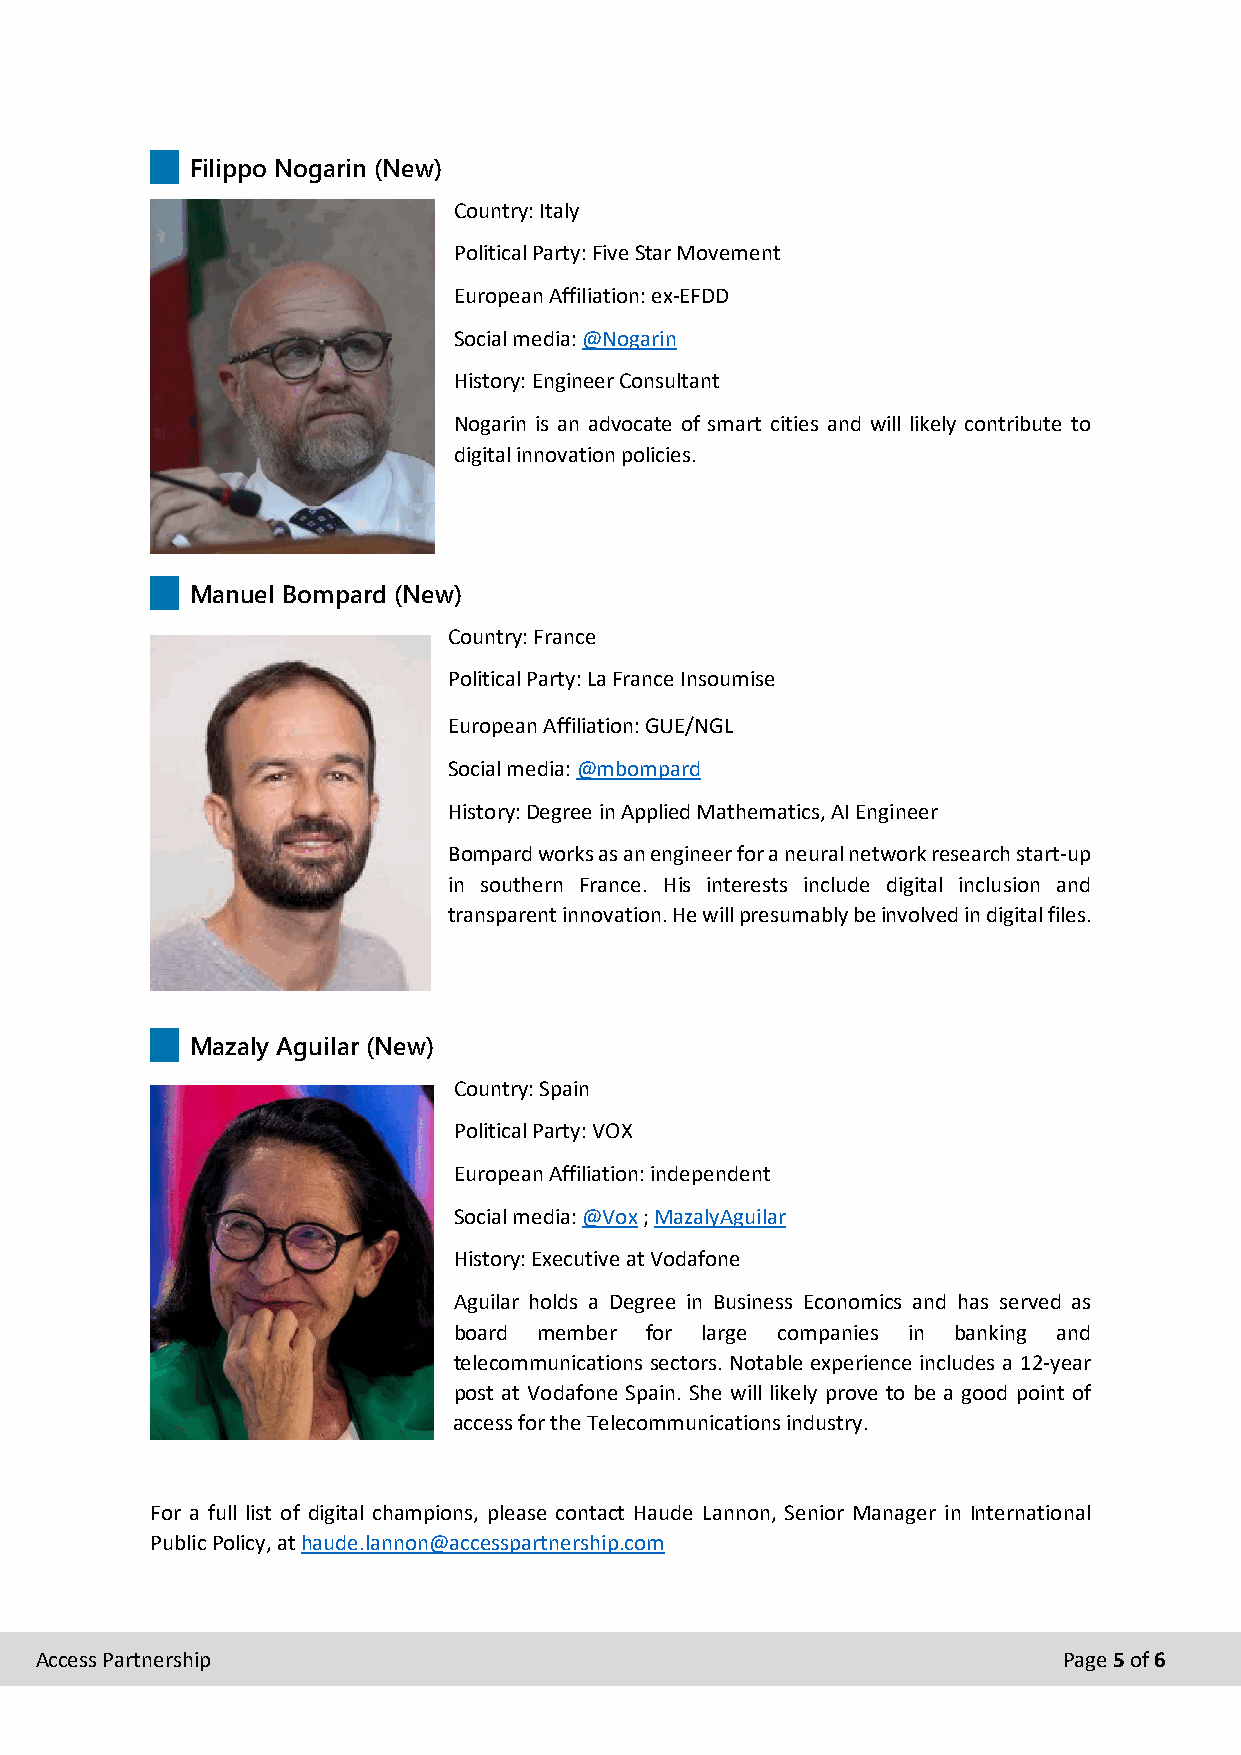
Filippo Nogarin (New)
 Country: Italy
 Political Party: Five Star Movement
 European Affiliation: ex-EFDD
 Social media: @Nogarin
 History: Engineer Consultant
 Nogarin is an advocate of smart cities and will likely contribute to
 digital innovation policies.
 Manuel Bompard (New)
 Country: France
 Political Party: La France Insoumise
 European Affiliation: GUE/NGL
 Social media: @mbompard
 History: Degree in Applied Mathematics, AI Engineer
 Bompard works as an engineer for a neural network research start-up
 in southern France. His interests include digital inclusion and
 transparent innovation. He will presumably be involved in digital files.
 Mazaly Aguilar (New)
 Country: Spain
 Political Party: VOX
 European Affiliation: independent
 Social media: @Vox ; MazalyAguilar
 History: Executive at Vodafone
 Aguilar holds a Degree in Business Economics and has served as
 board member for large companies in banking and
 telecommunications sectors. Notable experience includes a 12-year
 post at Vodafone Spain. She will likely prove to be a good point of
 access for the Telecommunications industry.
 For a full list of digital champions, please contact Haude Lannon, Senior Manager in International
 Public Policy, at haude.lannon@accesspartnership.com
 Access Partnership                                                  Page 5 of 6